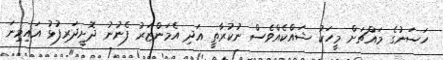
ހަސަނުގެ މައްޗަށް މީހަކު ޝައްކެއްވެސް ނުކުރާތީ އަދި އެމަންޒަރު ފެނުނު ދޮށީދަރިފުޅު އައިމިނަ